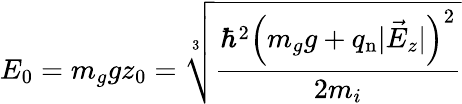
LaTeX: E_{0}=m_{g}gz_{0}=\sqrt[3]{\frac{\hbar^{2}\left(m_{g}g+q_{\mathrm{n}}|\vec{E}_{z}|\right)^{2}}{2m_{i}}}